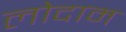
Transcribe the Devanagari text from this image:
लोदाम